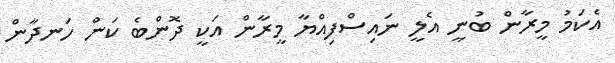
އެކަމު މީރާން ބުނީ އެލީ ނައިސްފިއްޔާ މީރާން އަކީ ދޮންބެ ކަން ހަނދާން